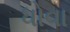
ધોવા